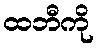
ထဘီကို